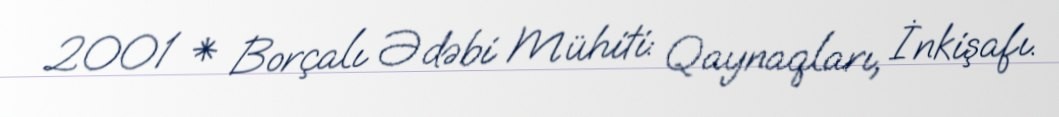
2001 * Borçalı Ədəbi Mühiti: Qaynaqları, İnkişafı.